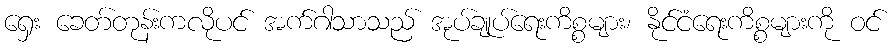
ရှေး ခေတ်တုန်းကလိုပင် အက်ဂါသာသည် အုပ်ချုပ်ရေးကိစ္စများ၊ နိုင်ငံရေးကိစ္စများကို ဝင်